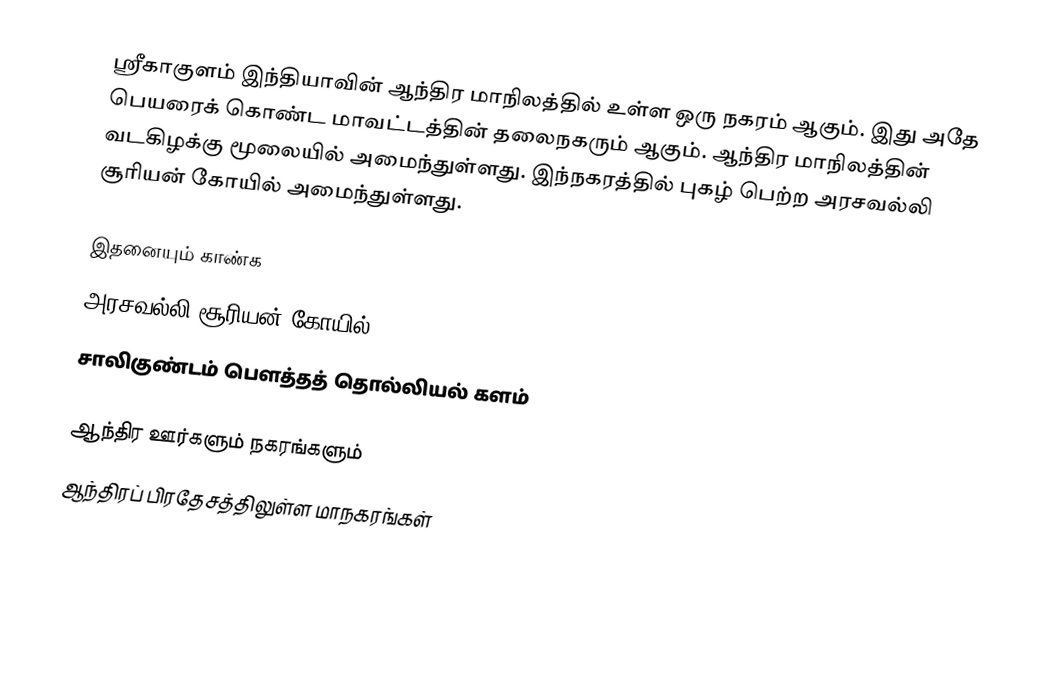
ஸ்ரீகாகுளம் இந்தியாவின் ஆந்திர மாநிலத்தில் உள்ள ஒரு நகரம் ஆகும். இது அதே பெயரைக் கொண்ட மாவட்டத்தின் தலைநகரும் ஆகும். ஆந்திர மாநிலத்தின் வடகிழக்கு மூலையில் அமைந்துள்ளது. இந்நகரத்தில் புகழ் பெற்ற அரசவல்லி சூரியன் கோயில் அமைந்துள்ளது.

இதனையும் காண்க
 அரசவல்லி சூரியன் கோயில்
 சாலிகுண்டம் பௌத்தத் தொல்லியல் களம்

ஆந்திர ஊர்களும் நகரங்களும்
ஆந்திரப் பிரதேசத்திலுள்ள மாநகரங்கள்